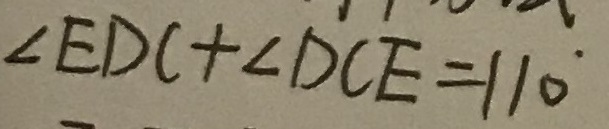
\angle E D C + \angle D C E = 1 1 0 ^ { \circ }